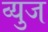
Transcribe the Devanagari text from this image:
व्युज